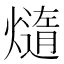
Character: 𪹴